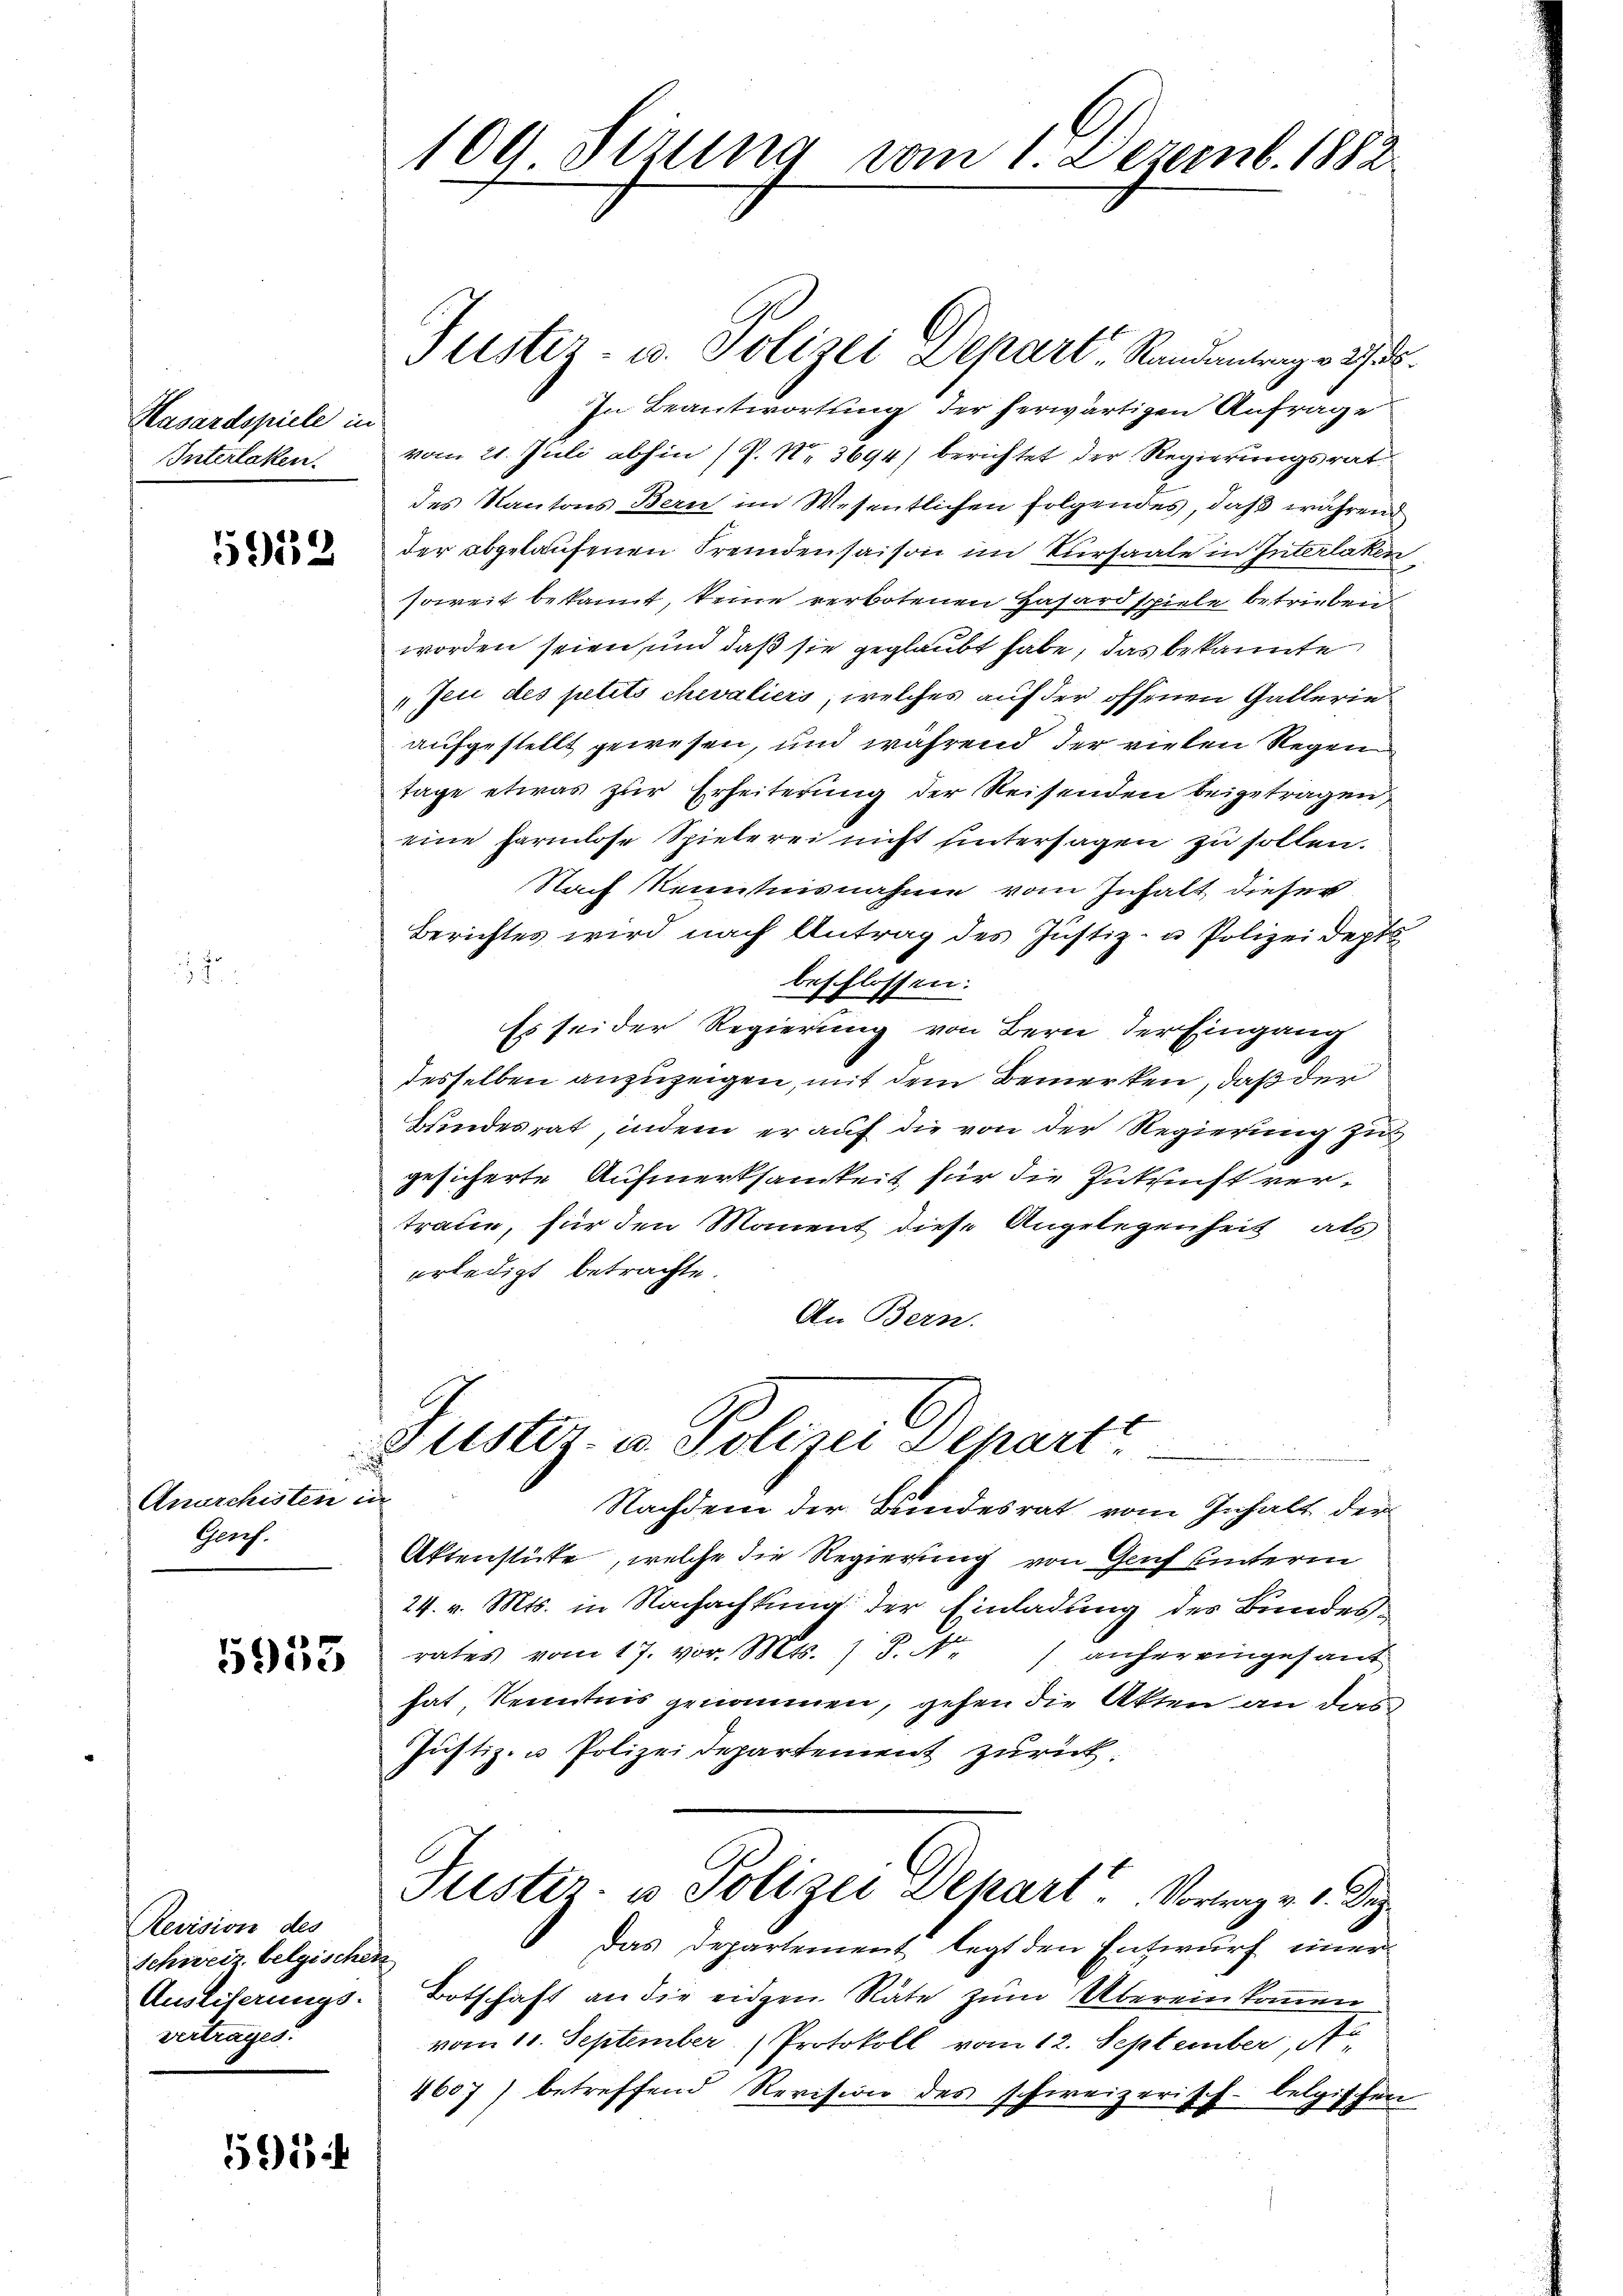
Hasardspiele in
IInterlaken.

5912

Anarchisten in
Gerrh.

5953

Revision des
Schweiz. belgischen
Ausliferungs-
vertrages.

591

Justiz- u. Polizei Depart, Randantrag v. 235.
In Beantwortung der herwärtigen Anfrage
vom 21. Juli abhin (P. Nr. 3694) berichtet der Regierungsrat
des Kantons Bern im Wesentlichen folgendes, daß während
der abgelaufenen Fremdensaison im Kursaale in Interlaken
soweit bekannt, keine verbotenen Hasardspiele betrieben
worden seien, und daß sie geglaubt habe, das bekannte
"Jei des petito chevaliers, welches auf der offenen Gallerie
aufgestellt gewesen, und während der vielen Regen
tage etwas zur Erheiterung der Reisenden beigetragen,
eine Farmlose Spielerei nicht hintersagen zu sollen.
Nach Kenntnisnahme vom Inhalt dieser
Berichtes wird nach Antrag des Justiz- u Polizeidepts
beschlossen:
Es sei der Regierung von Bern der Eingang
desselben anzuzeigen, mit dem Bemerken, daß der
Bundesrat, indem er auf die von der Regierung zu
gesicherte Aufmerksamkeit für die Zukunft vertraue, für den Manent diese Angelegenheit, als
erledigt betrachte.
An Bern.

109 Sezung vom 1. Dezemb. 1882

Justiz- u. Polizei Departt

f
Nachdem der Bundesrat vom Inhalt der
Aktenstüte, welche die Regierung von Genf unterm
24. v. Mts. in Nachachtung der Einladung des Bundesrates vom 17. vor. Mts. 1 S. 4) anher eingesand
hat, Kenntnis genommen, gehen die Akten an das
Justiz- u Polizeidepartement zurück.
Justiz u. Polizei Depart Vortrag v. 1. Dez.
Das Departement legt den Entwurf einer
Botschaft an die eidgen Räte zum Übereinkommen
vom 10. September Protokoll vom 12. September, St
4607) betreffend Revision des schweizerisch-belgischen